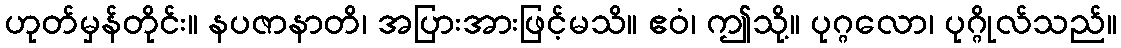
ဟုတ်မှန်တိုင်း။ နပဇာနာတိ၊ အပြားအားဖြင့်မသိ။ ဧဝံ၊ ဤသို့။ ပုဂ္ဂလော၊ ပုဂ္ဂိုလ်သည်။